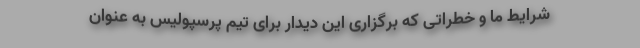
شرایط ما و خطراتی که برگزاری این دیدار برای تیم پرسپولیس به عنوان